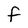
Character: F